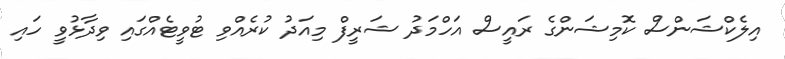
އިލެކްޝަންސް ކޮމިޝަންގެ ރައީސް އަހްމަދު ޝަރީފް މިއަދު ކުރެއްވި ޓުވީޓެއްގައި ވިދާޅުވީ ހައި